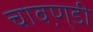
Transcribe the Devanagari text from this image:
चावण़्डी